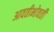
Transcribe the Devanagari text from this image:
आवतीभोवती